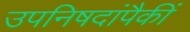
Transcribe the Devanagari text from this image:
उपनिषदांपैकीं